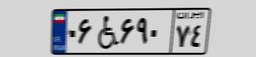
۰۶W۶۹۰۷۴